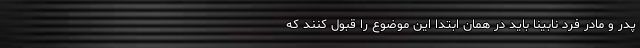
پدر و مادر فرد نابینا باید در همان ابتدا این موضوع را قبول کنند که